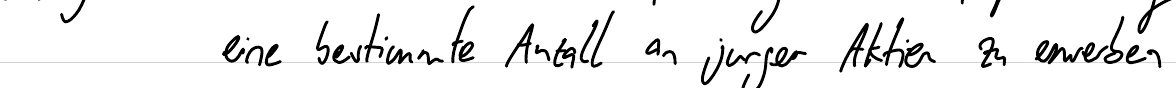
eine bestimmte Anzahl an junger Aktien zu erwerben